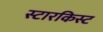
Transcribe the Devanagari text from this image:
स्टारकिस्ट